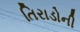
તિરાડોની